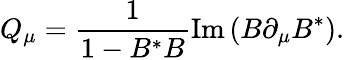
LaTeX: Q_{\mu}={\frac{1}{1-B^{*}B}}\mathrm{Im}\left(B\partial_{\mu}B^{*}\right).